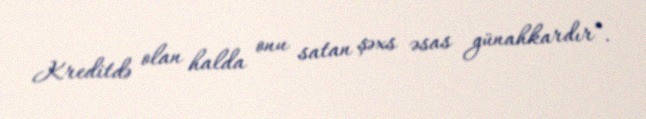
Kreditdə olan halda onu satan şəxs əsas günahkardır”.